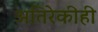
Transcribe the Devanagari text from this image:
अतिरेकीही